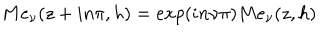
LaTeX: M e _ { \nu } ( z + i n \pi , h ) = e x p ( i n \nu \pi ) M e _ { \nu } ( z , h )